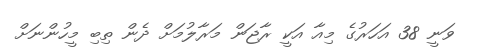
ވަނީ 38 އަހަރުގެ މިއާ އަކީ ރާޖަން މަރާލުމަށް ދެން ތިބި މީހުންނަށް